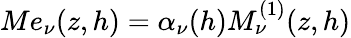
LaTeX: Me_{\nu}(z,h)=\alpha_{\nu}(h)M_{\nu}^{(1)}(z,h)